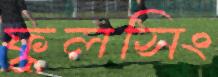
ফুলসিং